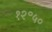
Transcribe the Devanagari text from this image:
१२॰५०